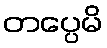
တပ္ပေမိ